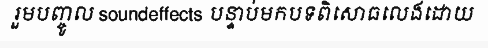
រួមបញ្ចូល soundeffects បន្ទាប់មកបទពិសោធលេងដោយ